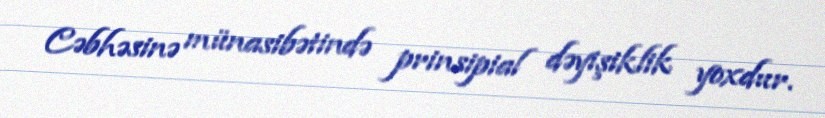
Cəbhəsinə münasibətində prinsipial dəyişiklik yoxdur.